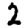
Digit: 2